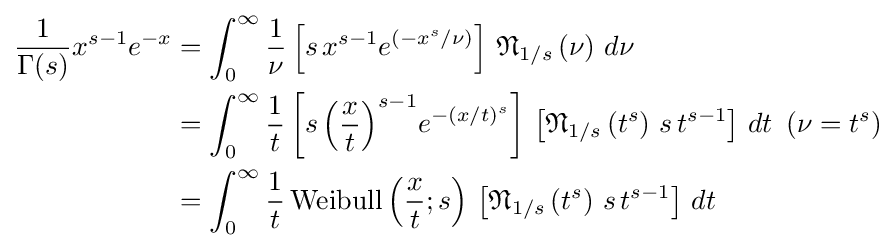
{\begin{aligned}{\frac {1}{\Gamma (s)}}x^{s-1}e^{-x}&=\displaystyle \int _{0}^{\infty }{\frac {1}{\nu }}\left[s\,x^{s-1}e^{\left(-{x^{s}}/{\nu }\right)}\right]\,{\mathfrak {N}}_{{1}/{s}}\left(\nu \right)\,d\nu \\&=\displaystyle \int _{0}^{\infty }{\frac {1}{t}}\left[s\,{\left({\frac {x}{t}}\right)}^{s-1}e^{-{\left(x/t\right)}^{s}}\right]\,\left[{\mathfrak {N}}_{{1}/{s}}\left(t^{s}\right)\,s\,t^{s-1}\right]\,dt\,\,\,(\nu =t^{s})\\&=\displaystyle \int _{0}^{\infty }{\frac {1}{t}}\,{\text{Weibull}}\left({\frac {x}{t}};s\right)\,\left[{\mathfrak {N}}_{{1}/{s}}\left(t^{s}\right)\,s\,t^{s-1}\right]\,dt\end{aligned}}